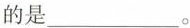
的是___。